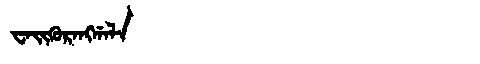
Manchu: ᠸᠠᡳᡴᡠᡵᠠᠩᡤᠠᠯᠠ
Romanization: WAIKURANGGALA